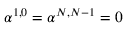
\alpha ^ { 1 , 0 } = \alpha ^ { N , N - 1 } = 0